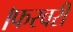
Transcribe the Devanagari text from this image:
।फरवरी